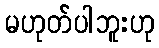
မဟုတ်ပါဘူးဟု